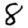
Digit: 8